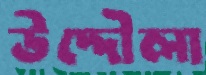
উদ্দৌলা